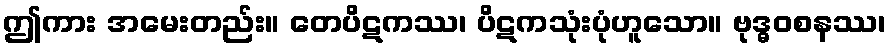
ဤကား အမေးတည်း။ တေပိဋကဿ၊ ပိဋကသုံးပုံဟူသော။ ဗုဒ္ဓဝစနဿ၊